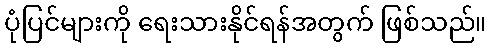
ပုံပြင်များကို ရေးသားနိုင်ရန်အတွက် ဖြစ်သည်။